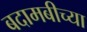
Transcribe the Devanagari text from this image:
बदामबीच्या